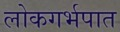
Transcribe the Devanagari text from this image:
लोकगर्भपात